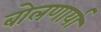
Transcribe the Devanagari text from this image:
बोलणार्या